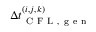
\Delta t _ { \mathrm { ~ C ~ F ~ L ~ , ~ g ~ e ~ n ~ } } ^ { ( i , j , k ) }